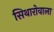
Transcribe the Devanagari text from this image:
सिथारोवाला